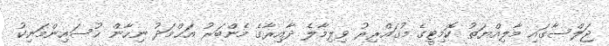
ޖަލްސާގައި މާލިއްޔަތު ކޮމިޓީގެ މުޤައްރިރު ވިލިމާލެ ދާއިރާގެ މެންބަރު އަޙްމަދު ނިހާން ޙުސައިންމަނިކު